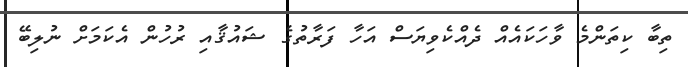
ތިބާ ކިތަންމެ ވާހަކައެއް ދެއްކެވިޔަސް އަހާ ފަރާތުގެ ޝައުޤާއި ރުހުން އެކަމަށް ނުލިބޭ